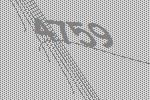
4759